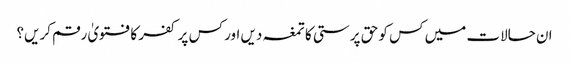
ان حالات میں کس کو حق پرستی کا تمغہ دیں اور کس پر کفر کا فتویٰ رقم کریں؟